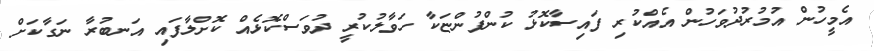
އެމީހުން އުމުރުދުވަހުން އެއްކުރި ފައިސާކޮޅު ކުންފުންޏަކާ ހަވާލުކުރީ ދުވަސްކޮޅެއް ކޮށްލާފައި އަނބުރާ ނަގާކަށް